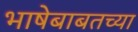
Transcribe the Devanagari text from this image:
भाषेबाबतच्या